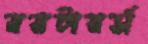
রয়টারর্স